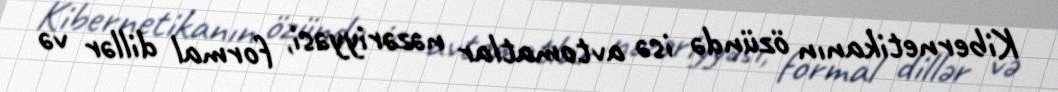
Kibernetikanın özündə isə avtomatlar nəzəriyyəsi, formal dillər və